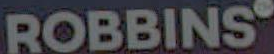
ROBBINSⓇ